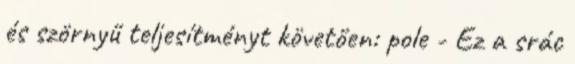
és szörnyű teljesítményt követően: pole - Ez a srác